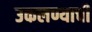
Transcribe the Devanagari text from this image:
उकलण्याची